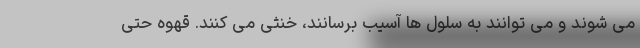
می شوند و می توانند به سلول ها آسیب برسانند، خنثی می کنند. قهوه حتی